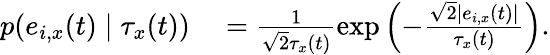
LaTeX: \begin{array}{rl}{p(e_{i,x}(t)\mid\tau_{x}(t))}&{{}=\frac{1}{\sqrt{2}\tau_{x}(t)}\exp\left(-\frac{\sqrt{2}|e_{i,x}(t)|}{\tau_{x}(t)}\right).}\end{array}